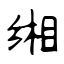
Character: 缃